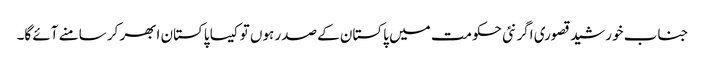
جناب خورشید قصوری اگر نئی حکومت میں پاکستان کے صدر ہوں تو کیسا پاکستان ابھر کر سامنے آئے گا۔